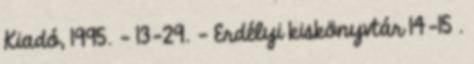
Kiadó, 1995. - 13-29. – Erdélyi kiskönyvtár 14-15 .